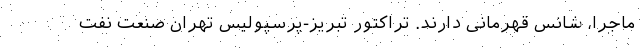
ماجرا، شانس قهرمانی دارند. تراکتور تبریز-پرسپولیس تهران صنعت نفت